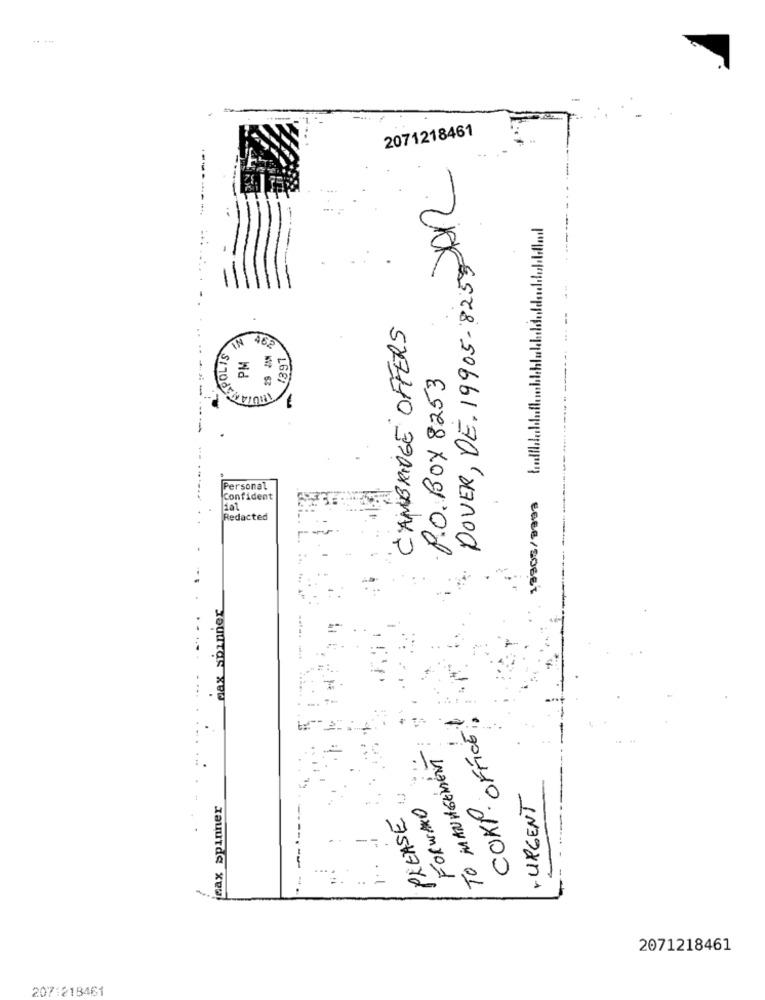
2071218461
DOVER, DE. 19905-8250 AL
----
CAMBRIDGE OFFERS
29 JAN
REPOLIS
PM
485
1891
---:
P.O. BOX 8253
Personal
Confident
Redacted
€SEE/SOSEt
max spinner
OFFICE!
TO MANAGEMENT
CORP.
rURGENT
sax Spinner
FORWARD
PLEASE
0
-
2071218461
207:218461